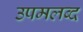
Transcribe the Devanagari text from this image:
उपमलब्द